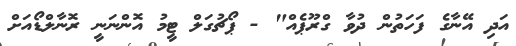
އަދި އޭނާގެ ފަހަތުން ދުވާ ގްރޫޕެއް" - ޕޯޗުގަލް ޓީމު އޮންނަނީ ރޮނާލްޑޯއަށް